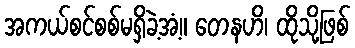
အကယ်စင်စစ်မရှိခဲ့အံ့။ တေနဟိ၊ ထိုသို့ဖြစ်